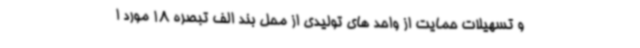
و تسهیلات حمایت از واحد های تولیدی از محل بند الف تبصره 18 مورد ا